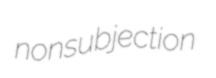
nonsubjection